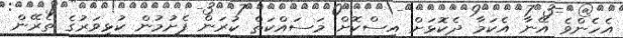
އެހެންވެ އޭނާ އެކަމާ ދެކޮޅަށް އިސްކޮށް މަސައްކަތް ކުރަން ފެށުމުން ކުޅިވަރުގެ ތެރޭން